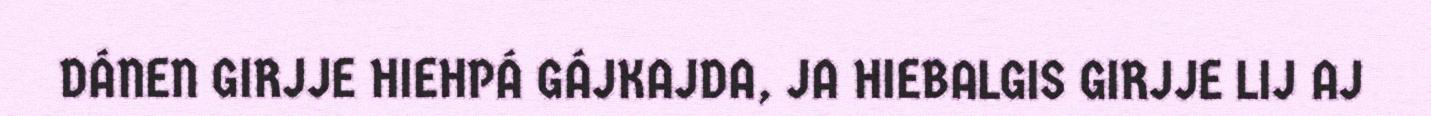
DÁNEN GIRJJE HIEHPÁ GÁJKAJDA, JA HIEBALGIS GIRJJE LIJ AJ